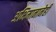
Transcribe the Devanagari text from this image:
अभिमानानेही